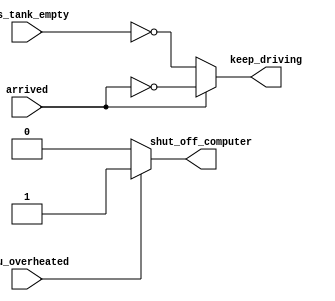
/*
A common source of errors: How to avoid making latches
When designing circuits, you must think first in terms of circuits:

I want this logic gate
I want a combinational blob of logic that has these inputs and produces these outputs
I want a combinational blob of logic followed by a set of flip-flops
What you must not do is write the code first, then hope it generates a proper circuit.

If (cpu_overheated) then shut_off_computer = 1;
If (~arrived) then keep_driving = ~gas_tank_empty;

Syntactically-correct code does not necessarily result in a reasonable circuit (combinational logic + flip-flops).
The usual reason is: "What happens in the cases other than those you specified?".
Verilog's answer is: Keep the outputs unchanged.

This behaviour of "keep outputs unchanged" means the current state needs to be remembered, and thus produces a latch.
Combinational logic (e.g., logic gates) cannot remember any state.
Watch out for Warning (10240): ... inferring latch(es)" messages.
Unless the latch was intentional, it almost always indicates a bug.
Combinational circuits must have a value assigned to all outputs under all conditions.
This usually means you always need else clauses or a default value assigned to the outputs.

Demonstration
The following code contains incorrect behaviour that creates a latch.
Fix the bugs so that you will shut off the computer only if it's really overheated, and stop driving if you've arrived at your destination or you need to refuel.

always @(*) begin
    if (cpu_overheated)
       shut_off_computer = 1;
end

always @(*) begin
    if (~arrived)
       keep_driving = ~gas_tank_empty;
end
*/

// synthesis verilog_input_version verilog_2001
module top_module (
    input      cpu_overheated,
    output reg shut_off_computer,
    input      arrived,
    input      gas_tank_empty,
    output reg keep_driving  ); //

    always @(*) begin
        if (cpu_overheated)
           shut_off_computer = 1;
        else shut_off_computer = 0;
    end

    always @(*) begin
        if (~arrived)
           keep_driving = ~gas_tank_empty;
        else keep_driving = ~arrived;
    end

endmodule